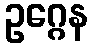
ဥဂ္ဂေန